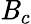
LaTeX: \mathit{B}_{c}